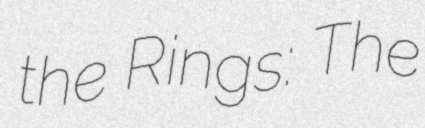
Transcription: the Rings: The